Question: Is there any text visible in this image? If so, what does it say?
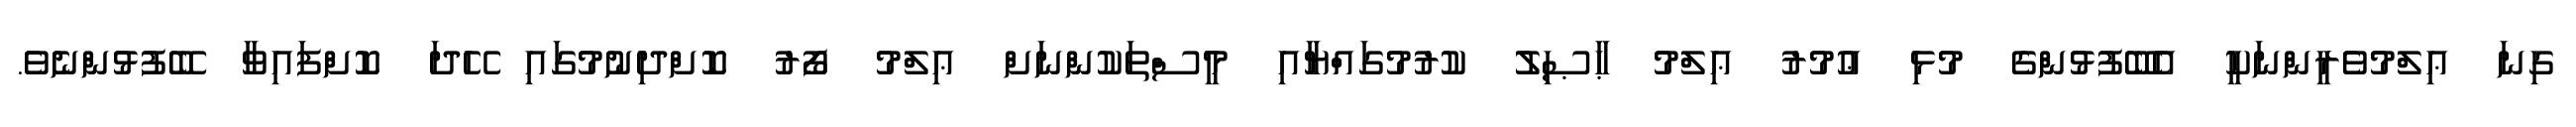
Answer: ގިނަ ޢިލްމުވެރީންނަކީ އެބޭފުޅުންގެ މުޅި ޢުމުރު ޢިލްމު ޙާޞިލު ކުރުމުގައްޔާއި މީސްތަކުންނަށް ޢިލްމު ފޯރު ކޮށްދިނުމުގައި ހޭދަ ކޮށްފައިވާ ބޭފުޅުންނެވެ.